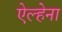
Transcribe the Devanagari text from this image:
ऐल्हेना